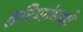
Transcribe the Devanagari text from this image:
हरिणांमध्ये